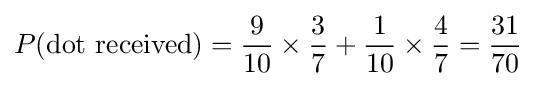
P({\text{dot received}})={\frac {9}{10}}\times {\frac {3}{7}}+{\frac {1}{10}}\times {\frac {4}{7}}={\frac {31}{70}}